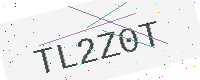
Text: TL2Z0T